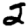
Digit: 2